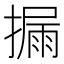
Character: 𪮪